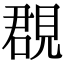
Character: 覠